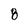
Character: 8